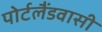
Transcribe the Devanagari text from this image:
पोर्टलैंडवासी